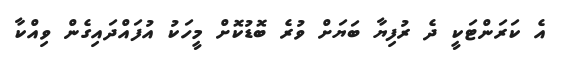
އެ ކަރަންޓަކީ ދެ ރުފިޔާ ބަޔަށް ވުރެ ބޮޑުކޮށް މީހަކު އުފައްދައިގެން ވިއްކާ